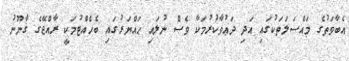
އެބާވަތުގެ މައްސަލަތަކުގައި އަދި ދަޢުވާކުރުމަކާ ވެސް ނުލައި ޙައްޔަރުގައި ބެހެއްޓުމަކީ ރާއްޖޭގެ ޤާނޫނު